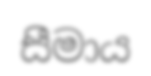
සීමාය